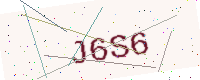
Text: J6S6